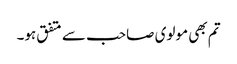
تم بھی مولوی صاحب سے متفق ہو۔